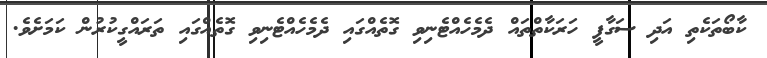
ކާބޯތަކެތި އަދި ސަގާފީ ހަރަކާތްތައް ދެމެހެއްޓެނިވި ގޮތެއްގައި ދެމެހެއްޓެނިވި ގޮތެއްގައި ތަރައްގީކުރުން ކަމަށެވެ.